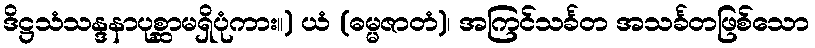
ဒိဋ္ဌသံသန္ဒနာပုစ္ဆာမရှိပုံကား။) ယံ (ဓမ္မဇာတံ)၊ အကြင်သင်္ခတ အသင်္ခတဖြစ်သော